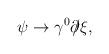
LaTeX: \begin{align*}\psi \rightarrow \gamma^{0} \partial \!\!\!/ \xi,\end{align*}